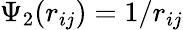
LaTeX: \Psi_{2}(r_{ij})=1/r_{ij}